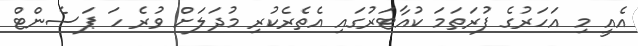
އެއީ މި އަހަރުގެ ފުރަތަމަ ކުއާޓަރުގައި އެތެރެކުރި މުދަލަށް ވުރެ ހަ ޕަސެންޓް